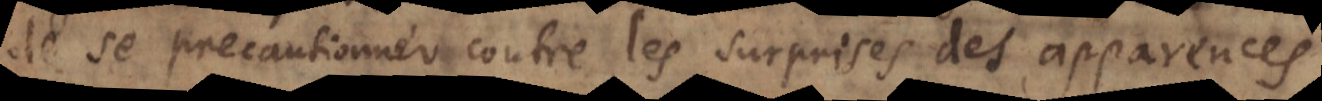
de se precautionner contre les surprises des apparences